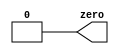
module top_module( output zero );

// Insert your code here
    assign zero = 0;

endmodule